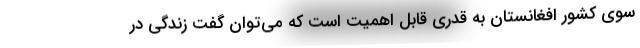
سوی کشور افغانستان به قدری قابل اهمیت است که می‌توان گفت زندگی در